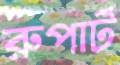
রুপার্ট